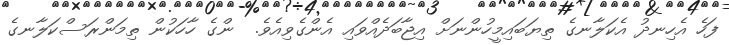
ފަހެ އެހިނދު އެކަލާނގެ ތިޔަބައިމީހުންނަށް އިޖާބަދެއްވައި އެންގެވިއެވެ.  ންގެ ހާހަކުން ތިމަންރަސްކަލާނގެ